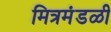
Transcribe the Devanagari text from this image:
मित्रमंडळी